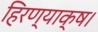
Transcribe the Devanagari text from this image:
हिरण्याक्ष।